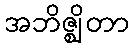
အဘိဇ္ဈိတာ